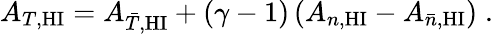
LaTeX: A_{T,\mathrm{HI}}=A_{\bar{T},\mathrm{HI}}+(\gamma-1)\left(A_{n,\mathrm{HI}}-A_{\bar{n},\mathrm{HI}}\right)\; .